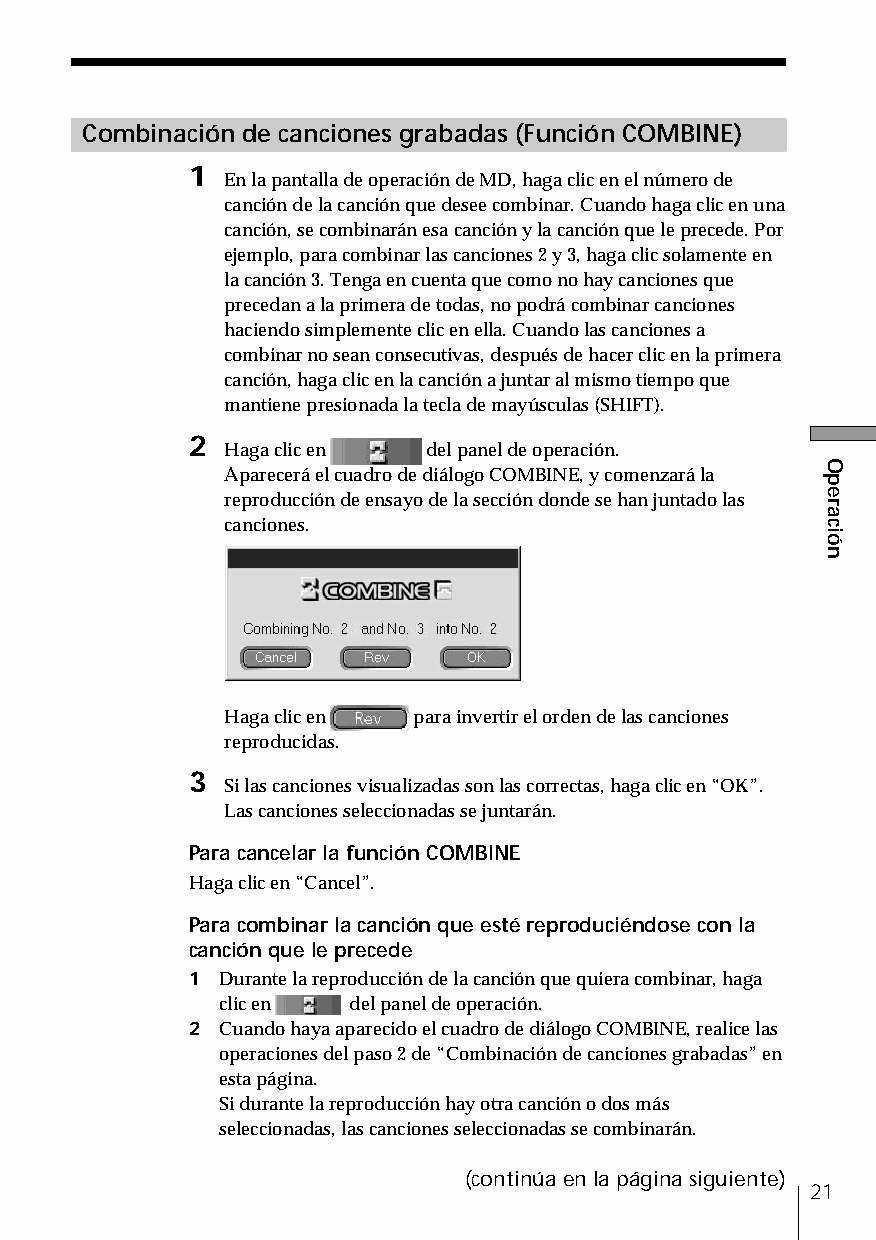
Combinación de canciones grabadas (Función COMBINE)
 1
 En la pantalla de operación de MD, haga clic en el número de
 canción de la canción que desee combinar. Cuando haga clic en una
 canción, se combinarán esa canción y la canción que le precede. Por
 ejemplo, para combinar las canciones 2 y 3, haga clic solamente en
 la canción 3. Tenga en cuenta que como no hay canciones que
 precedan a la primera de todas, no podrá combinar canciones
 haciendo simplemente clic en ella. Cuando las canciones a
 combinar no sean consecutivas, después de hacer clic en la primera
 canción, haga clic en la canción a juntar al mismo tiempo que
 mantiene presionada la tecla de mayúsculas (SHIFT).
 2
 Haga clic en del panel de operación.
 Aparecerá el cuadro de diálogo COMBINE, y comenzará la
 reproducción de ensayo de la sección donde se han juntado las
 canciones.
 Haga clic en para invertir el orden de las canciones
 reproducidas.
 3
 Si las canciones visualizadas son las correctas, haga clic en “OK”.
 Las canciones seleccionadas se juntarán.
 Para cancelar la función COMBINE
 Haga clic en “Cancel”.
 Para combinar la canción que esté reproduciéndose con la
 canción que le precede
 1 Durante la reproducción de la canción que quiera combinar, haga
 clic en  del panel de operación.
 2 Cuando haya aparecido el cuadro de diálogo COMBINE, realice las
 operaciones del paso 2 de “Combinación de canciones grabadas” en
 esta página.
 Si durante la reproducción hay otra canción o dos más
 seleccionadas, las canciones seleccionadas se combinarán.
 (continúa en la página siguiente)
 21
 Operación